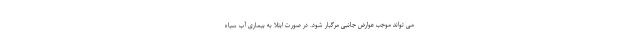
می تواند موجب عوارض جانبی مرگبار شود. در صورت ابتلا به بیماری آب سیاه